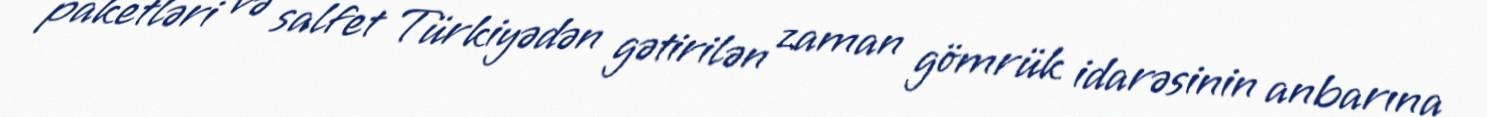
paketləri və salfet Türkiyədən gətirilən zaman gömrük idarəsinin anbarına